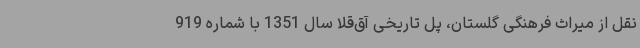
نقل از میراث فرهنگی گلستان، پل تاریخی آق‌قلا سال 1351 با شماره 919